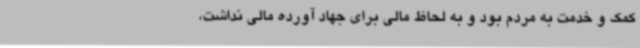
کمک و خدمت به مردم بود و به لحاظ مالی برای جهاد آورده مالی نداشت،